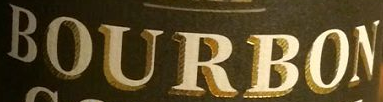
BOURBON